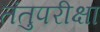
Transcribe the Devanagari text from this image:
तंतुपरीक्षा